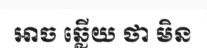
អាច ឆ្លើយ ថា មិន